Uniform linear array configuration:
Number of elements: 16
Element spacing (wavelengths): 1
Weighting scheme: hann
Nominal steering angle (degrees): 0
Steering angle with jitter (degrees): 1.711
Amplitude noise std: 0.05
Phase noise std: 0.05

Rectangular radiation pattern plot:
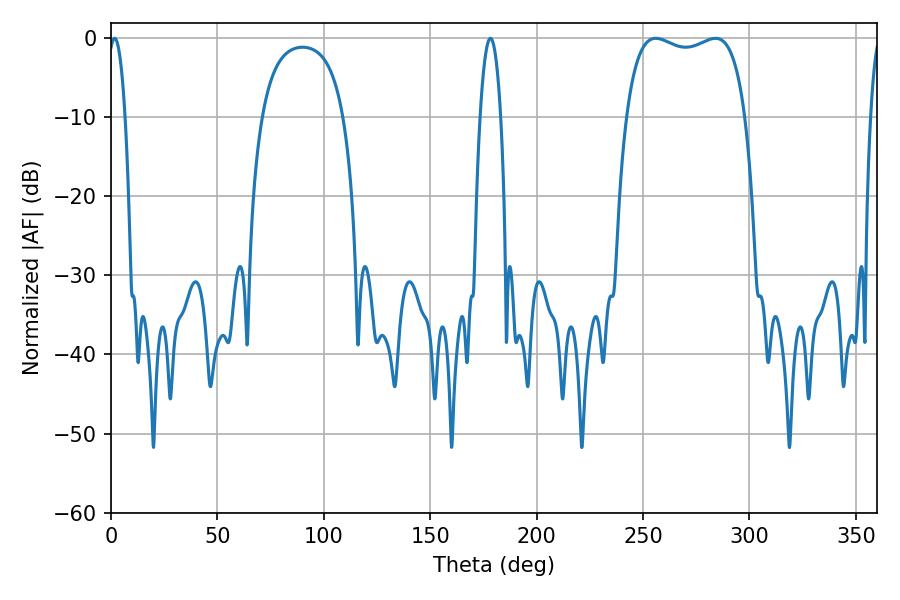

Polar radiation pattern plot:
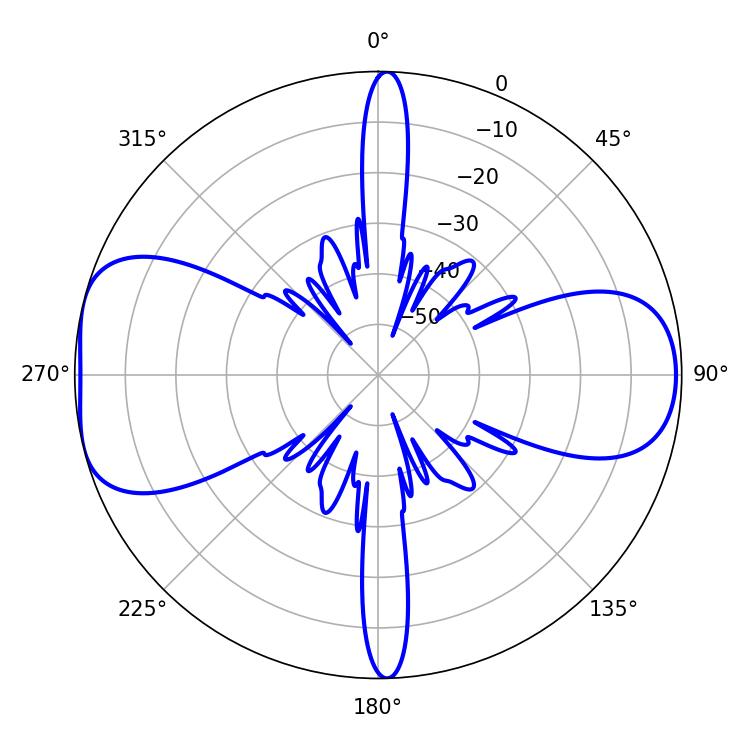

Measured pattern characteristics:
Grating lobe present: TRUE
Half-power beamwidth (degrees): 45.36
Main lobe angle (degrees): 255.96